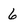
Character: 6